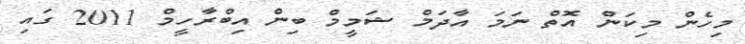
މިހެން މިކަން އޮތް ނަމަ އާދަމް ޝަމީމް ބިން އިބްރާހީމް 2011 ގައި